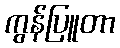
ကွန်ပြူတာ